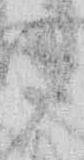
々